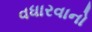
વધારવાનો